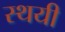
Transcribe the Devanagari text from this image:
स्थयी